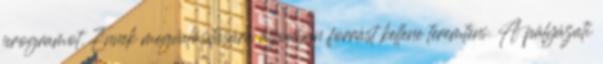
programot. Ennek megvalósítására azonban forrást kellene teremteni. A pályázati